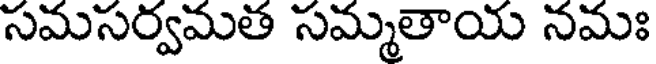
సమసర్వమత సమ్మతాయ నమః